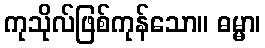
ကုသိုလ်ဖြစ်ကုန်သော။ ဓမ္မာ၊